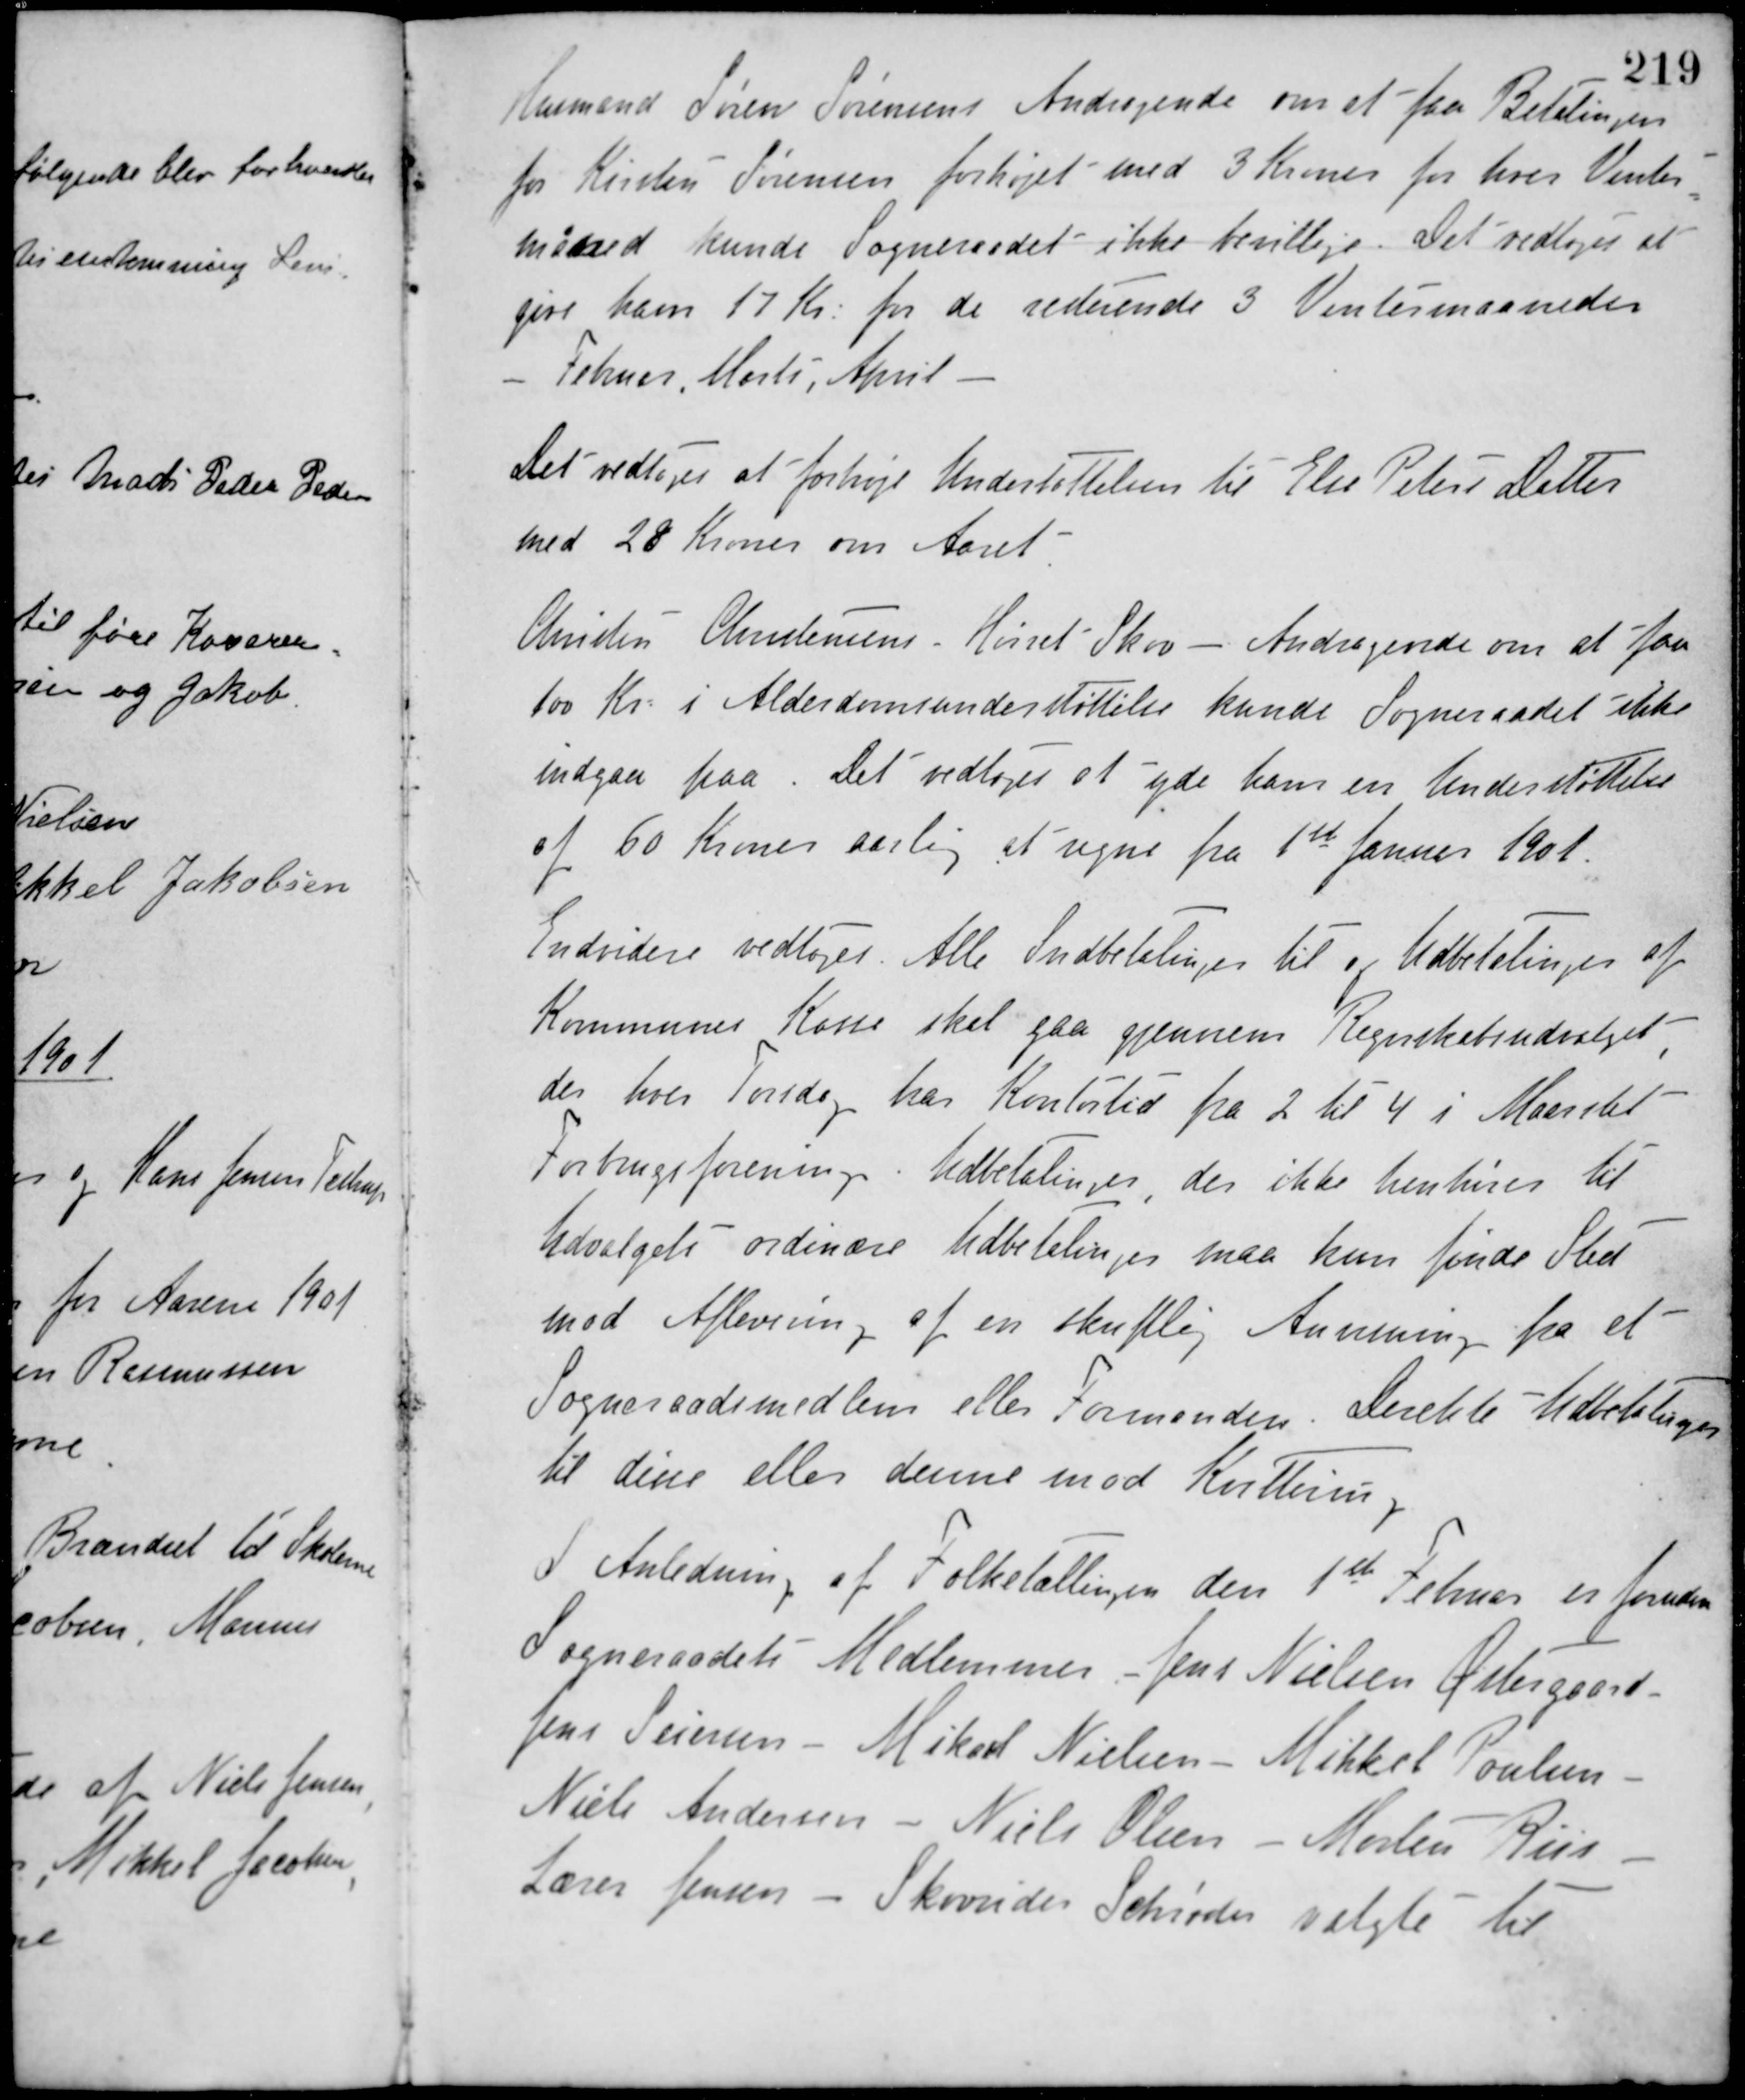
Transskription:
Husmand Søren Sørensens Andragende om at faa Betalingen
for Kirsten Sørensen forhøjet med 3 Kroner for hver Vinter-
måned kunde Sogneraadet ikke bevillige. Det vedtoges at
give ham 17 Kr. for de resterende 3 Vintermaaneder
Februar, Marts, April
Det vedtoges at forhøje Understøttelsen til Else Peters Datter
med 28 Kroner om Aaret.
Christen Christensens - Hørret Skov - Andragende om at faa
100 Kr. i Alderdomsunderstøttelse kunde Sogneraadet ikke
indgaa paa. Det vedtoges at yde ham en Understøttelse
af 60 Kroner aarlig at regne fra 1ste Januar 1901.
Endvidere vedtoges. Alle Indbetalinger til og Udbetalinger af
Kommunes Kasse skal gaa gjennem Regnskabsudvalget
der hver Torsdag har Kontortid fra 2 til 4 i Maarslet
Forbrugsforening. Udbetalinger, der ikke henhører til
Udvalgets ordinære Udbetalinger maa kun finde Sted
mod Aflevering af en skriftlig Anmning fra et
Sogneraadsmedlem eller Formanden. Direkte Udbetalinger
til disse eller denne mod Kvittering.
I Anledning af Folketællingen den 1ste Februar er foruden
Sogneraadets Medlemmer - Jens Nielsen Østergaard -
Jens Sørensen - Mikael Nielsen - Mikkel Poulsen -
Niels Andersen - Niels Olsen - Morten Riis
Lærer Jensen - Skovrider Schrøder valgte til